Source: Computer-generated
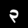
Digit: ၃ (3)